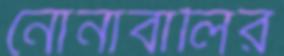
নোনাবালির